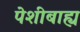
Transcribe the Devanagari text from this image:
पेशीबाह्य